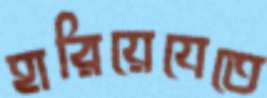
হারিয়েযেতে